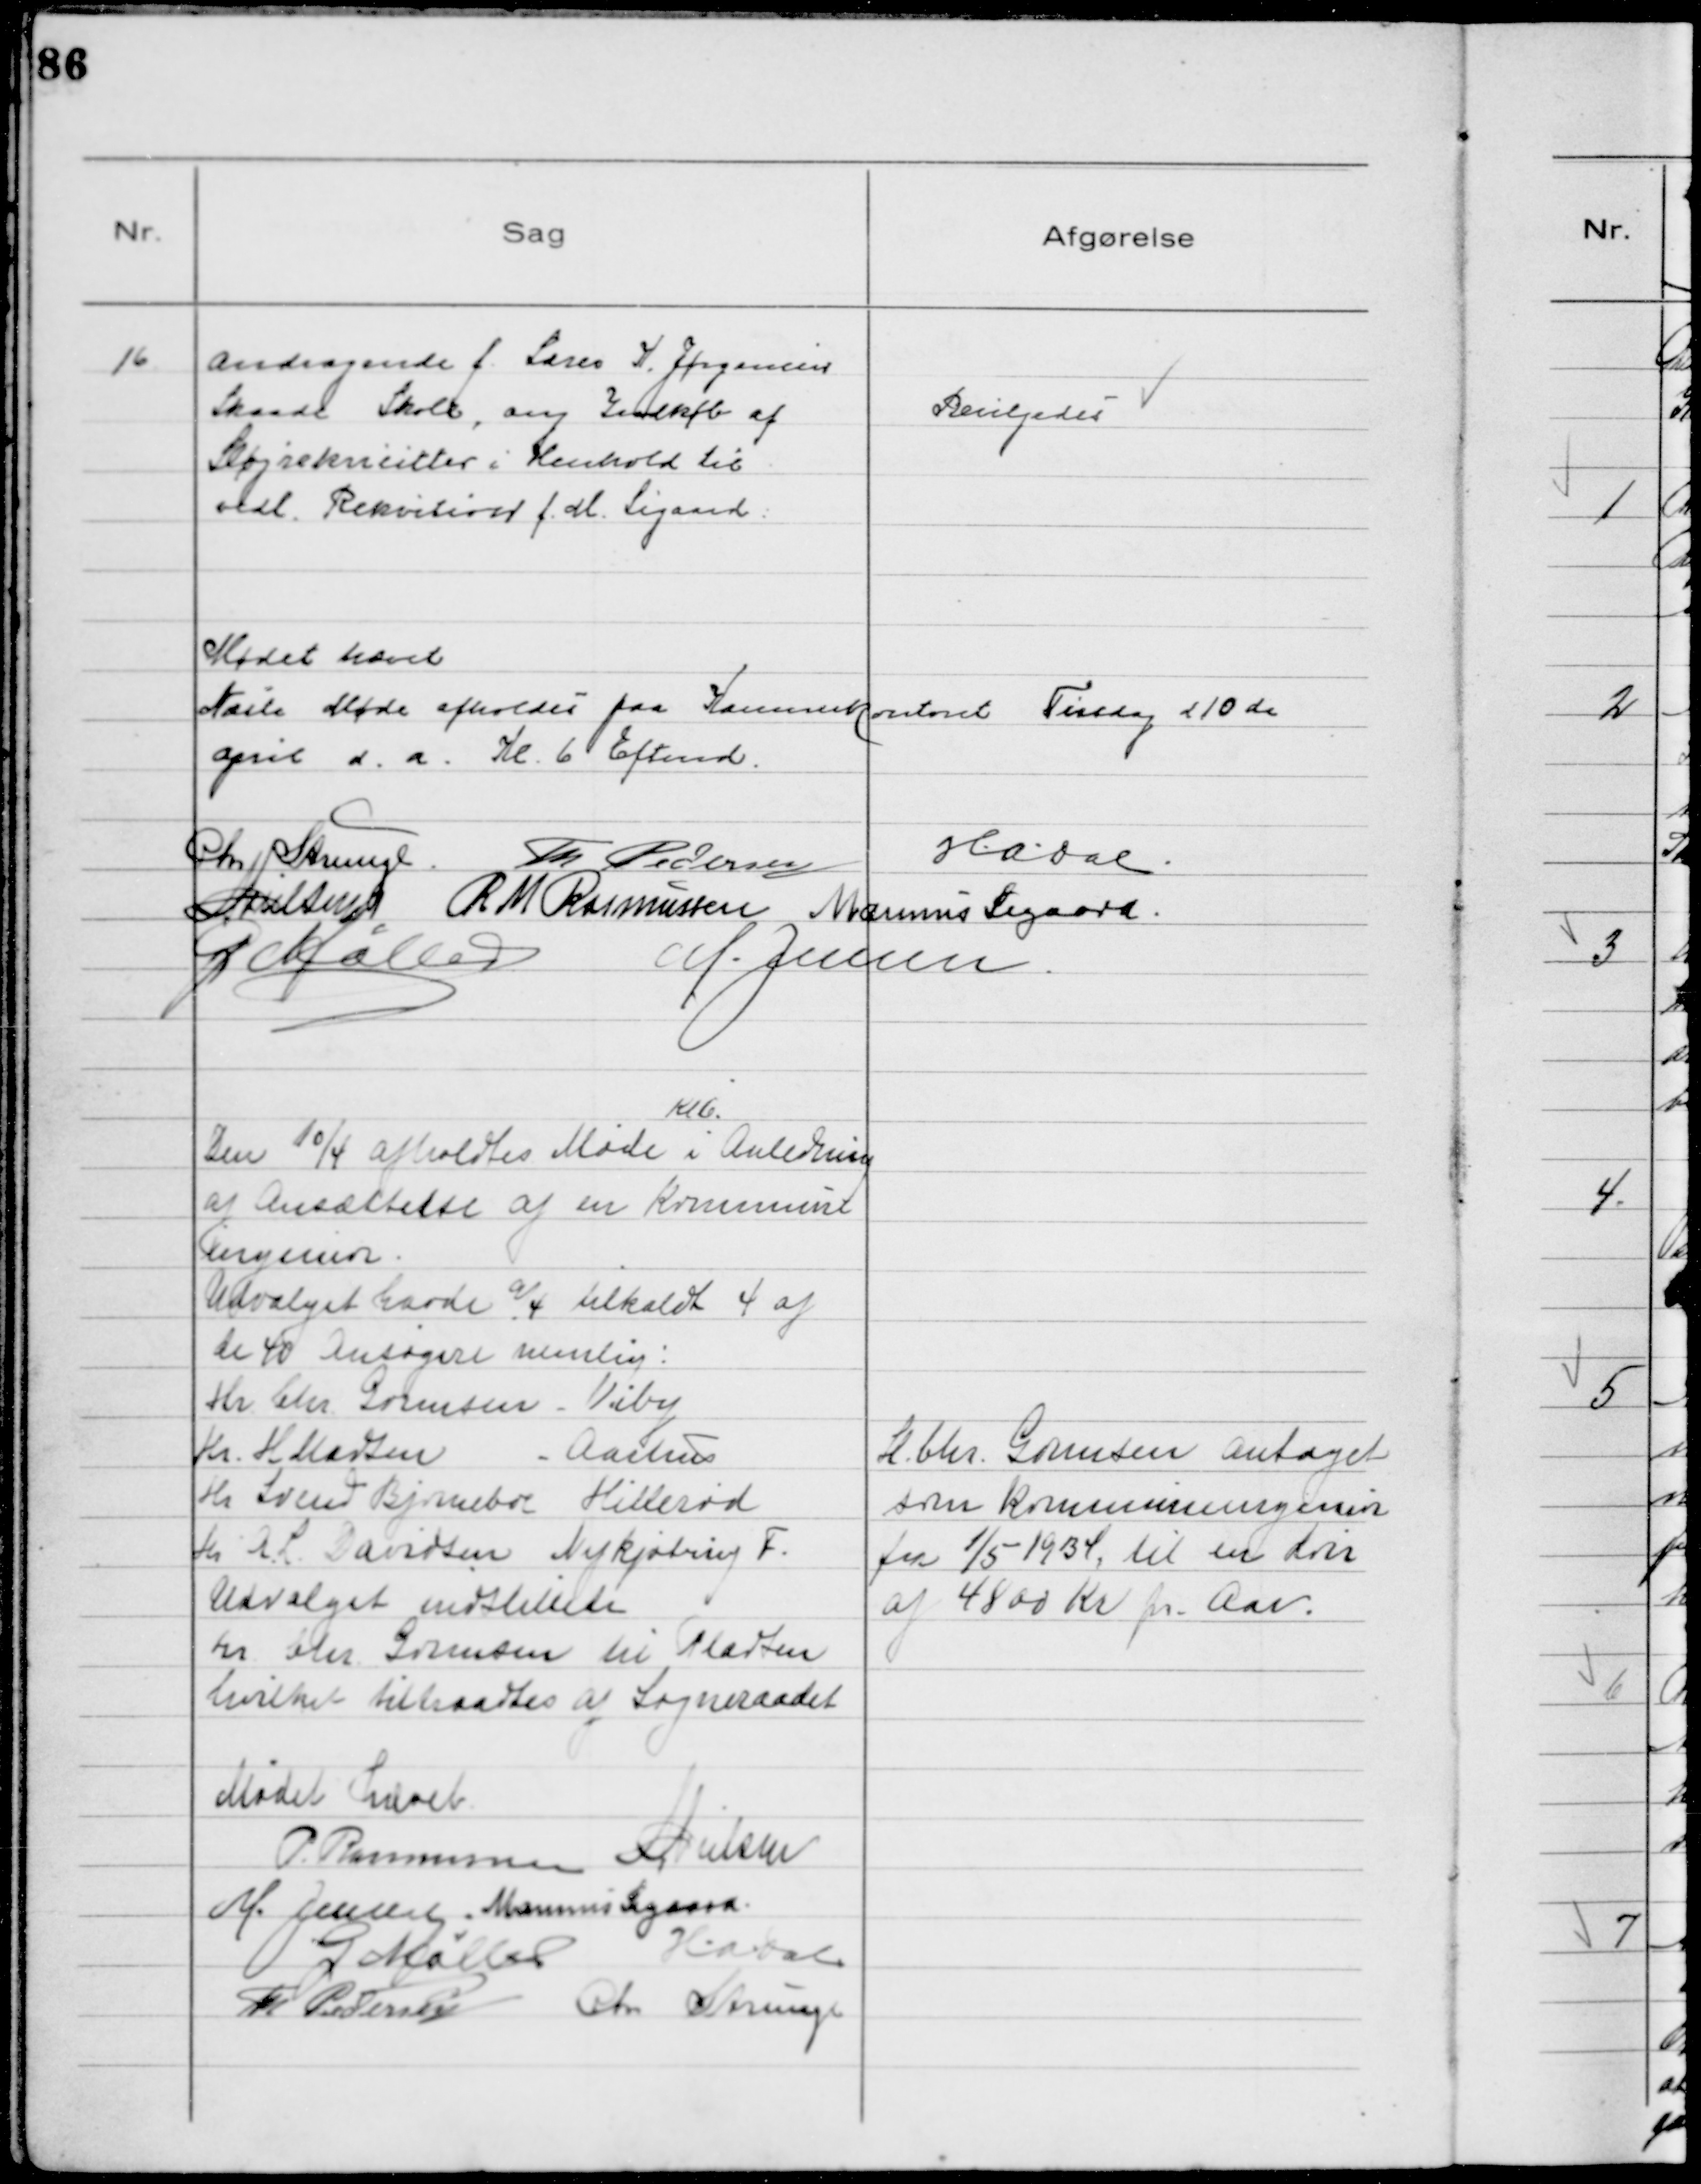
Transskription:
16
Andragende f. Lærer K. Jørgensen
Skaade Skole, ang Indkøb af
Sløjrekvisitter i Henhold til
vedl. Rekvition f. M. Sigaard

Bevilgedes

Mødet hævet
Næste Møde afholdes paa Kæmnerkontoret Tirsdag d 10de
April d. a. Kl. 6 Eftmd
Chr Strunge Th Pedersen
HADal
NNielsen R M Rasmussen Marinus Sigaard
G Møller
M. Jensen

Den 10/4 afholdtes Møde
Kl 6
i Anledning
af Ansættelse af en Kommune
ingeniør
Udvalget havde  tilkaldt 4 af
de 40 Ansøgere nemlig:
Hr Chr Gormsen - Viby
Hr. H Madsen - Aarhus
Hr Svend Bjørneboe Hillerød
Hr A. L. Davidsen Nykøbing F.
Udvalget indstillede
Hr Chr Gormsen til Pladsen
hvilket tiltraadtes af Sogneraadet

Hr Chr Gormsen Antaget
som kommuneingeniør
fra 1/5 1934, til en Løn
af 4800 Kr pr. Aar

Mødet Hævet
P. Rasmussen NNielsen
M. Jensen Marinus Sigaard
G Møller HADal
Th Pedersen Chr Strunge